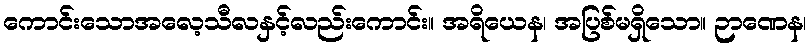
ကောင်းသောအလေ့သီလနှင့်လည်းကောင်း။ အရိယေန၊ အပြစ်မရှိသော။ ဉာဏေန၊